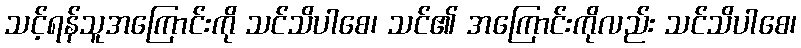
သင့်ရန်သူအကြောင်းကို သင်သိပါစေ၊ သင်၏ အကြောင်းကိုလည်း သင်သိပါစေ၊